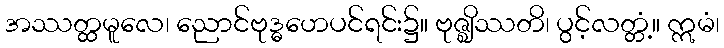
အဿတ္ထမူလေ၊ ညောင်ဗုဒ္ဓဟေပင်ရင်း၌။ ဗုဇ္ဈိဿတိ၊ ပွင့်လတ္တံ့။ ဣမံ၊